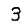
Digit: 3